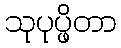
သုပုပ္ဖိတာ